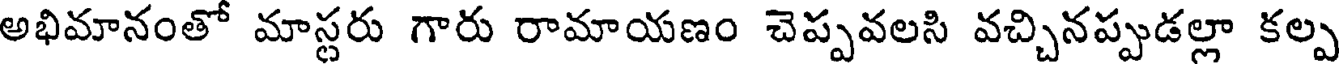
అభిమానంతో మాస్టరు గారు రామాయణం చెప్పవలసి వచ్చినప్పుడల్లా కల్ప